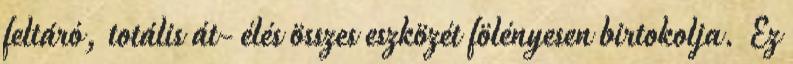
feltáró, totális át- élés összes eszközét fölényesen birtokolja. Ez